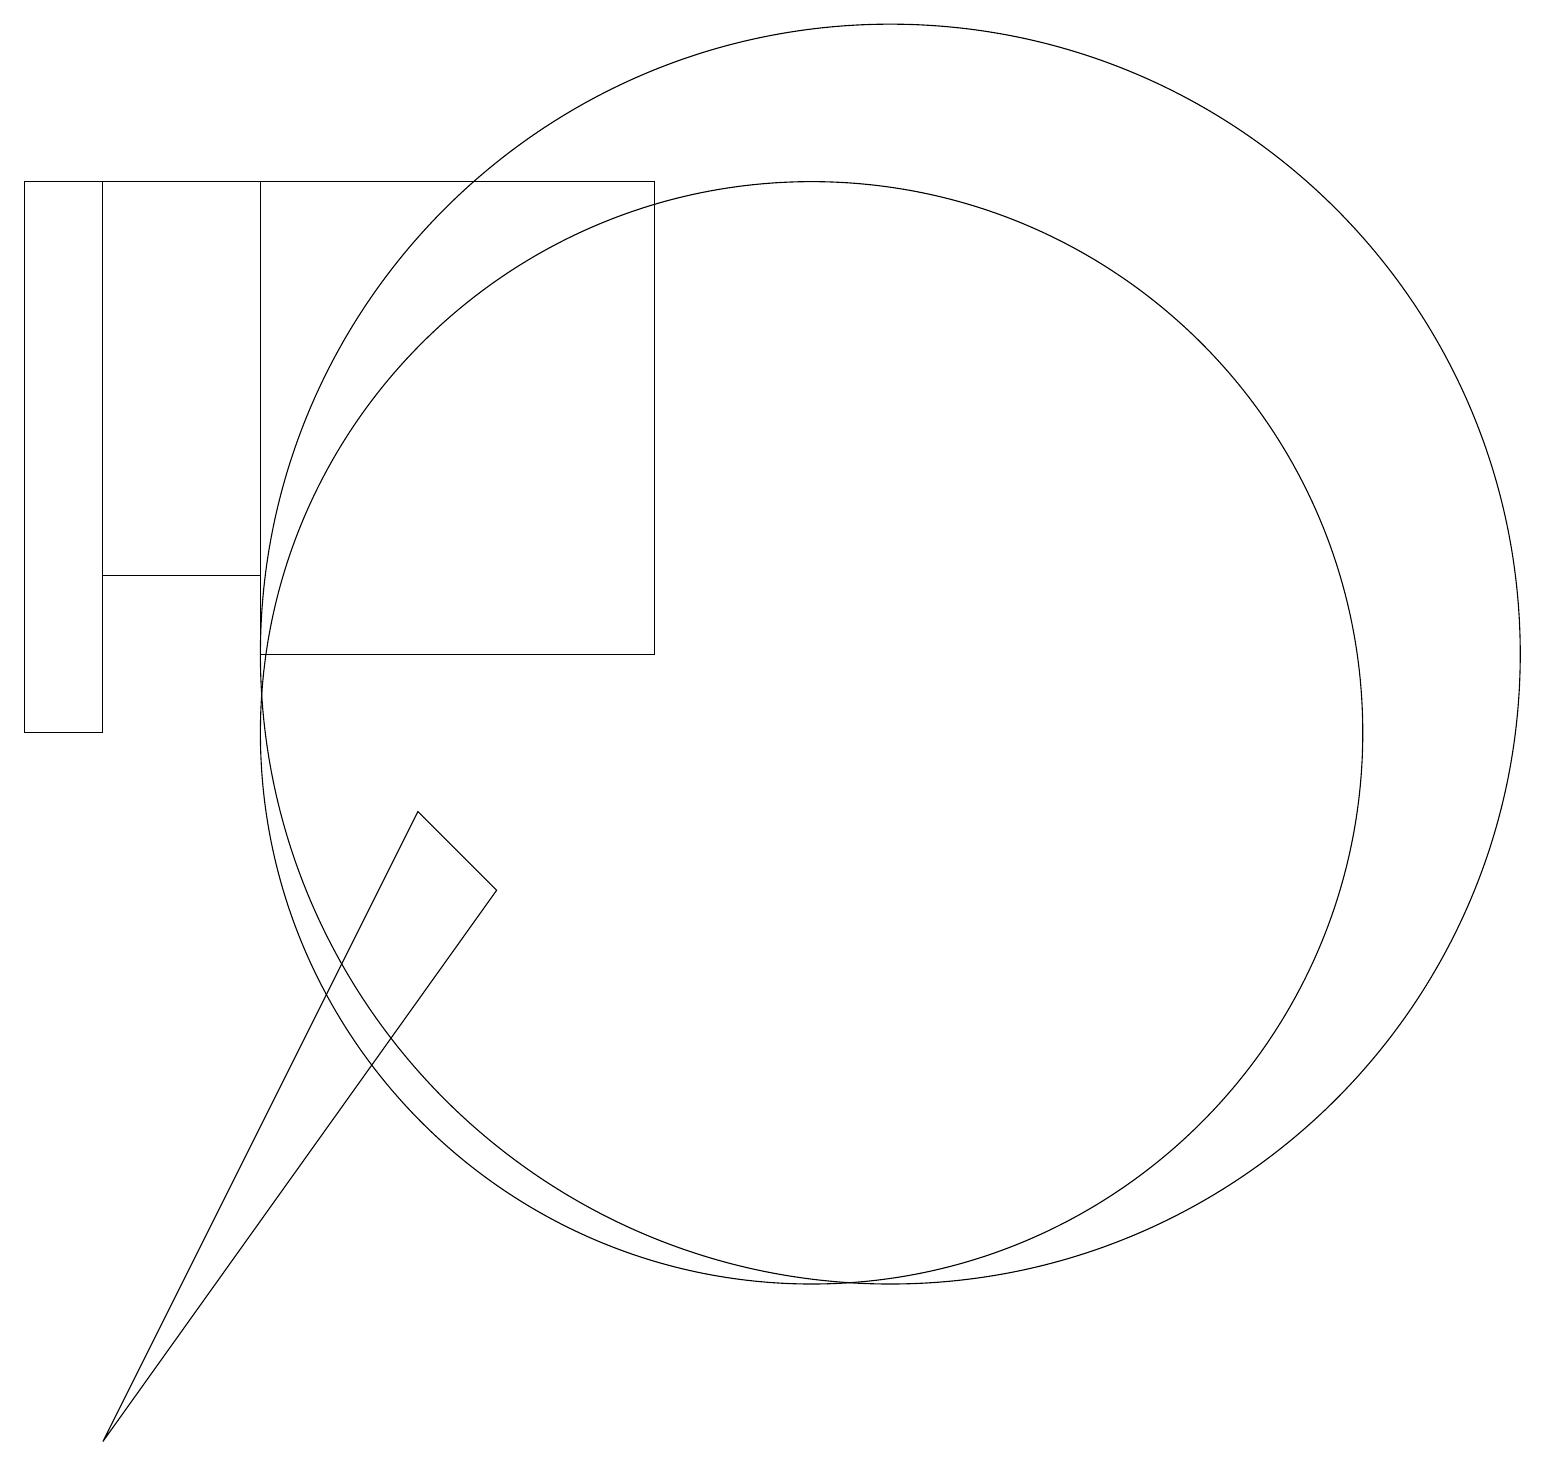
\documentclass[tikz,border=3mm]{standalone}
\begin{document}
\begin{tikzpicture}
\draw (11,10) circle (7);
\draw (2,1) -- (7,8) -- (6,9) -- cycle;
\draw (4,17) rectangle (2,12);
\draw (12,11) circle (8);
\draw (1,17) rectangle (2,10);
\draw (9,17) rectangle (4,11);
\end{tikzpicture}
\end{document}